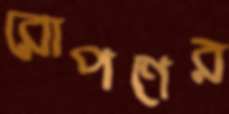
রোপণের